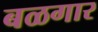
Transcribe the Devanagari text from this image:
बळगार